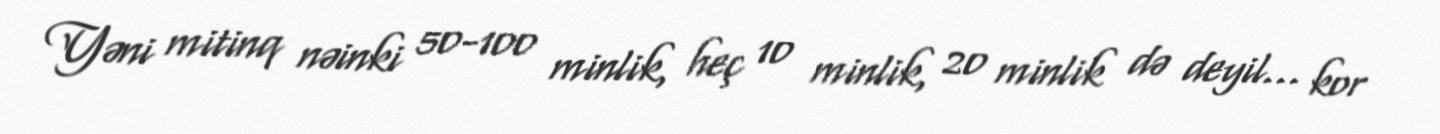
Yəni mitinq nəinki 50-100 minlik, heç 10 minlik, 20 minlik də deyil… kor